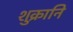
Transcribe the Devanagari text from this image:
शुक्रानि